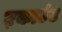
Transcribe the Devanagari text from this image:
ए़काउंट